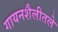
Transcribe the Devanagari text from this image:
गायनशैलीतले